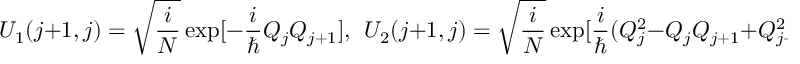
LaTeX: U _ { 1 } ( j + 1 , j ) = \sqrt { \frac { i } { \cal N } } \exp [ - \frac { i } { \hbar } Q _ { j } Q _ { j + 1 } ] , ~ ~ U _ { 2 } ( j + 1 , j ) = \sqrt { \frac { i } { \cal N } } \exp [ \frac { i } { \hbar } ( Q _ { j } ^ { 2 } - Q _ { j } Q _ { j + 1 } + Q _ { j + 1 } ^ { 2 } ) ] .